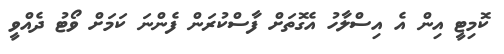
ކޮމިޓީ އިން އެ އިސްލާހު އެގޮތަށް ފާސްކުރަން ފެންނަ ކަމަށް ވޯޓު ދެއްވީ